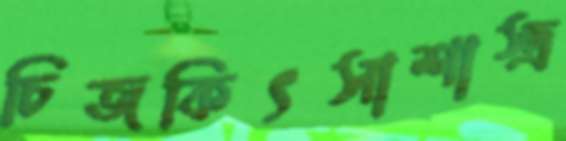
চিজকিৎসাশাস্ত্র